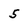
Character: 5